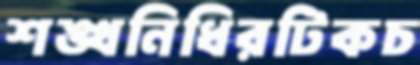
শঙ্খনিধিরটিকচ